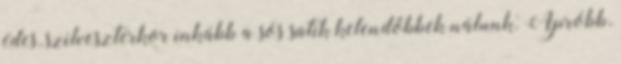
édes, szilveszterkor inkább a sós sütik kelendőbbek nálunk. Apróbb,